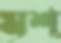
মশ